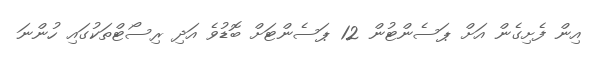
އިން ފެށިގެން އަށް ޕަސެންޓުން 12 ޕަސެންޓަށް ބޮޑުވެ އަދި ރިސޯޓްތަކުގައި ހުންނަ